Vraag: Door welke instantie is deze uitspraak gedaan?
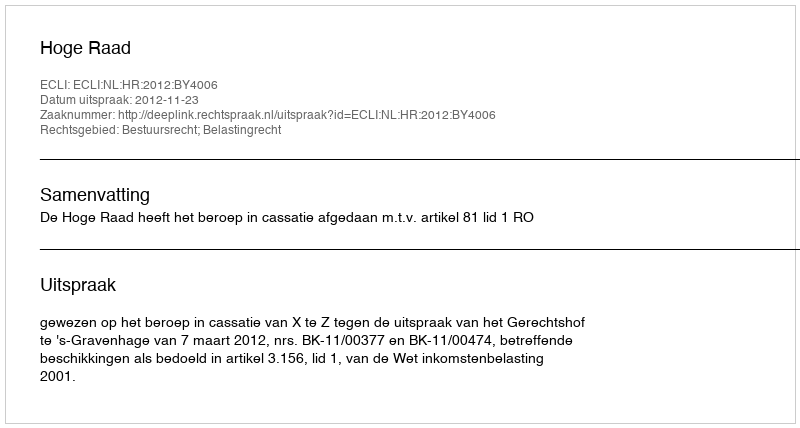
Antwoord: Hoge Raad